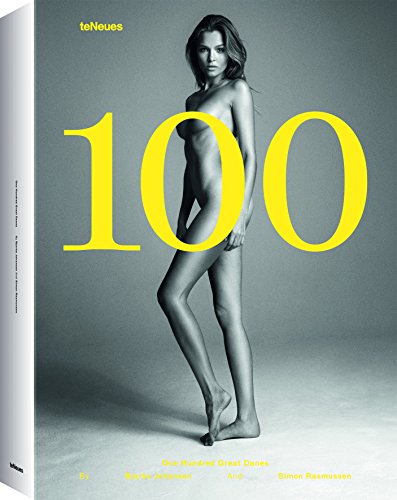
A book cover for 100 Great Danes; Arts & Photography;